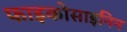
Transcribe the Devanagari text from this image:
फाइकोसाइनिन